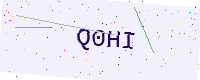
Text: Q0HI